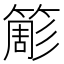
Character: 簓